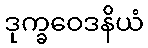
ဒုက္ခဝေဒနိယံ